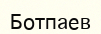
Ботпаев